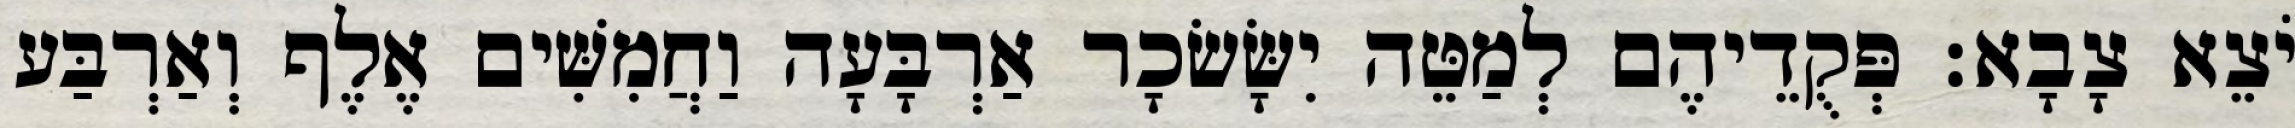
יֹצֵא צָבָא׃ פְּקֻדֵיהֶם לְמַטֵּה יִשָּׂשׂכָר אַרְבָּעָה וַחֲמִשִּׁים אֶלֶף וְאַרְבַּע